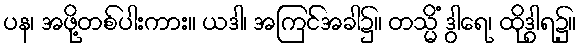
ပန၊ အဖို့တစ်ပါးကား။ ယဒါ၊ အကြင်အခါ၌။ တသ္မိံ ဒွါရေ၊ ထိုဒွါရ၌။